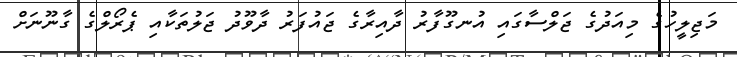
މަޖިލީހުގެ މިއަދުގެ ޖަލްސާގައި އުނގޫފާރު ދާއިރާގެ ޖައުފަރު ދާވޫދު ޖަލުތަކާއި ޕެރޯލްގެ ގާނޫނަށް